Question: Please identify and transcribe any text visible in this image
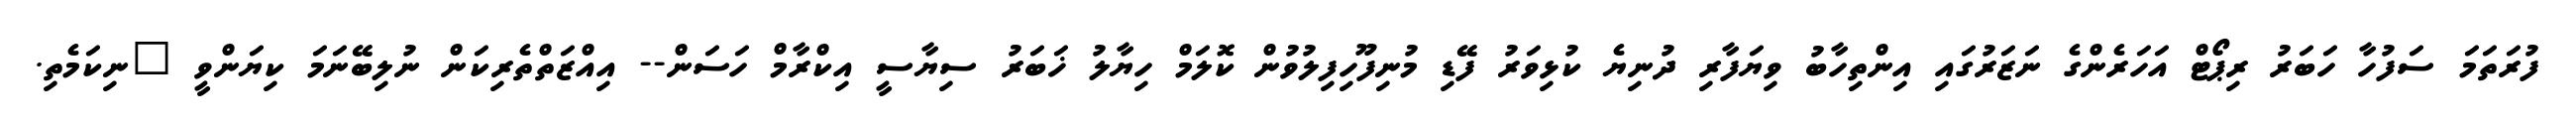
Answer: ފުރަތަމަ ސަފުހާ ހަބަރު ރިޕޯޓް އަހަރެންގެ ނަޒަރުގައި އިންތިހާބު ވިޔަފާރި ދުނިޔެ ކުޅިވަރު ފޭޑި މުނިފޫހިފިލުވުން ކޮލަމް ހިޔާލު ޚަބަރު ސިޔާސީ އިކްރާމް ހަސަން-- އިއްޒަތްތެރިކަން ނުލިބޭނަމަ ކިޔަންވީ "ނިކަމެތި.